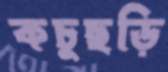
কচুছড়ি